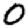
Digit: 0